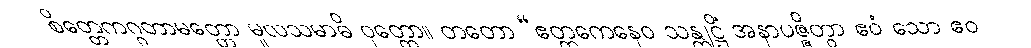
စိတ္တေကဂ္ဂတာမတ္တော မူလသမာဓိ ဝုတ္တော။ တတော “ဧတ္တကေနေဝ သန္တုဋ္ဌိံ အနာပဇ္ဇိတွာ ဧဝံ သော ဧဝ